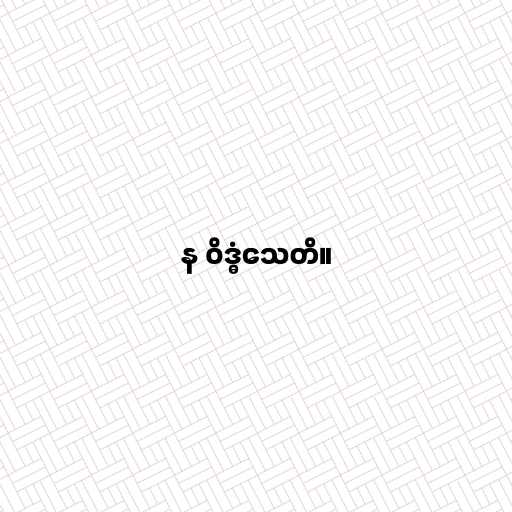
န ဝိဒ္ဓံသေတိ။